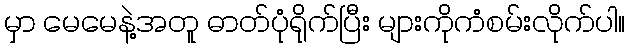
မှာ မေမေနဲ့အတူ ဓာတ်ပုံရိုက်ပြီး များကိုကံစမ်းလိုက်ပါ။